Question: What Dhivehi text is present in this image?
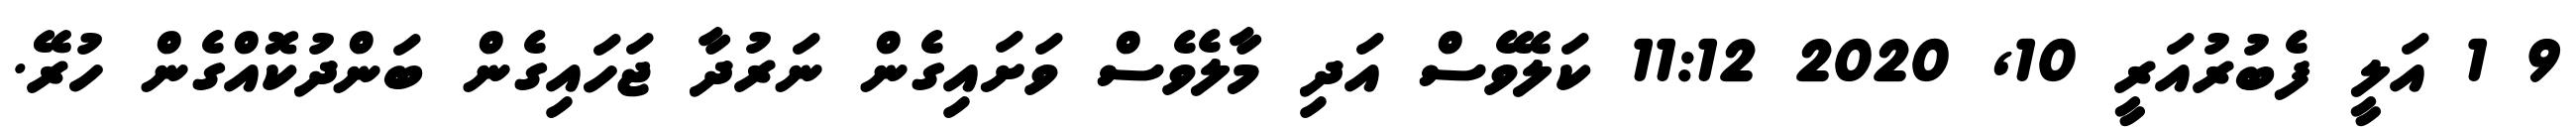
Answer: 9 1 އަލީ ފެބުރުއަރީ 10, 2020 11:12 ކަލޭވެސް އަދި މާލެވެސް ވަށައިގެން ނަރުދާ ޖަހައިގެން ބަންދުކޮއްގެން ހުރޭ.